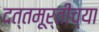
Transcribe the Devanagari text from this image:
दत्तमूर्तीच्या